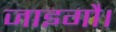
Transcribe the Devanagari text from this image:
जाइगौ।